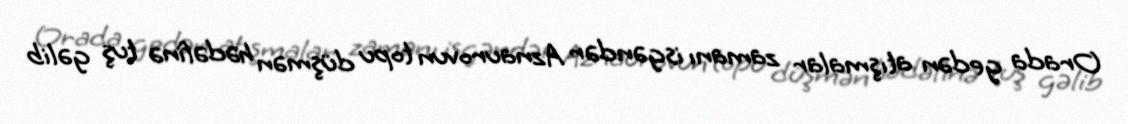
Orada gedən atışmalar zamanı isgəndər Aznaurovun topu düşmən hədəfinə tuş gəlib